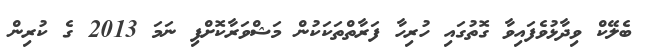
ބެލޭކް ވިދާޅުވެފައިވާ ގޮތުގައި ހުރިހާ ފަރާތްތަކަކުން މަޝްވަރާކޮށްފި ނަމަ 2013 ގެ ކުރިން